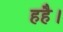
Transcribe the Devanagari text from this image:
हहै।